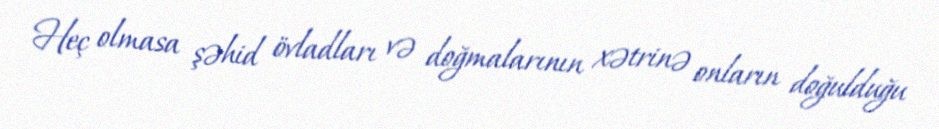
Heç olmasa şəhid övladları və doğmalarının xətrinə onların doğulduğu